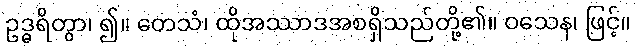
ဥဒ္ဓရိတွာ၊ ၍။ တေသံ၊ ထိုအဿာဒအစရှိသည်တို့၏။ ဝသေန၊ ဖြင့်။